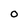
Character: 0